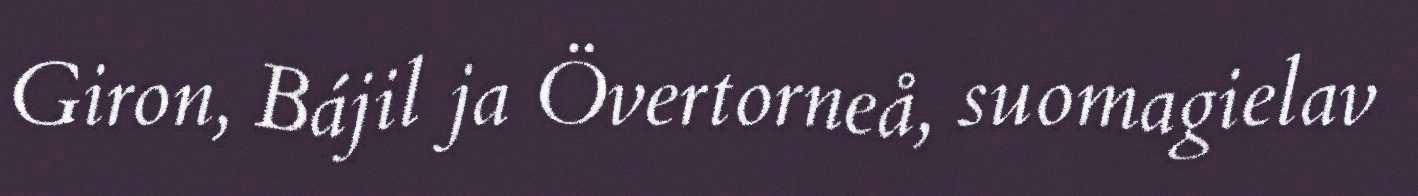
Giron, Bájil ja Övertorneå, suomagielav